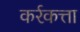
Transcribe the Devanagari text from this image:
कर्रकत्ता